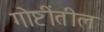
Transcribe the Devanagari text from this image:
गोष्टींतील